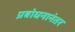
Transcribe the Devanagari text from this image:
प्रबोधनानंतर